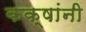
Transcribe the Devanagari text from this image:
कक्षांनी